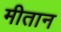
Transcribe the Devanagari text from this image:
मीतान